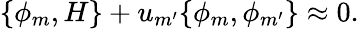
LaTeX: \{ \phi_{m},H\} +u_{m^{\prime}}\{ \phi_{m},\phi_{m^{\prime}}\} \approx 0.